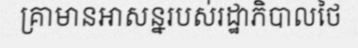
គ្រាមានអាសន្នរបស់រដ្ឋាភិបាលថៃ